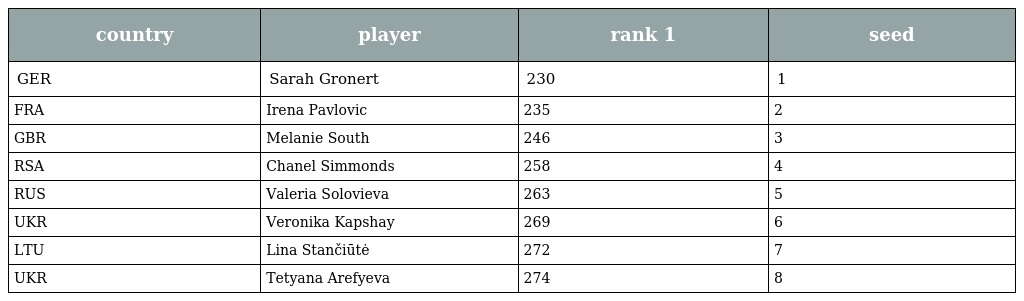
| country | player | rank 1 | seed |
 | --- | --- | --- | --- |
 | GER | Sarah Gronert | 230 | 1 |
 | FRA | Irena Pavlovic | 235 | 2 |
 | GBR | Melanie South | 246 | 3 |
 | RSA | Chanel Simmonds | 258 | 4 |
 | RUS | Valeria Solovieva | 263 | 5 |
 | UKR | Veronika Kapshay | 269 | 6 |
 | LTU | Lina Stančiūtė | 272 | 7 |
 | UKR | Tetyana Arefyeva | 274 | 8 |